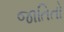
જાતિતો